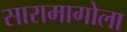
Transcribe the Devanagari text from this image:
सारामागोला